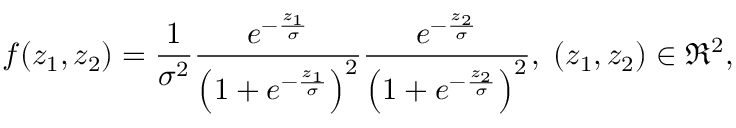
f ( z _ { 1 } , z _ { 2 } ) = \frac { 1 } { \sigma ^ { 2 } } \frac { e ^ { - \frac { z _ { 1 } } { \sigma } } } { \left( 1 + e ^ { - \frac { z _ { 1 } } { \sigma } } \right) ^ { 2 } } \frac { e ^ { - \frac { z _ { 2 } } { \sigma } } } { \left( 1 + e ^ { - \frac { z _ { 2 } } { \sigma } } \right) ^ { 2 } } , \; ( z _ { 1 } , z _ { 2 } ) \in \Re ^ { 2 } ,